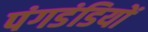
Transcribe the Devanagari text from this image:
पंगडंडियों